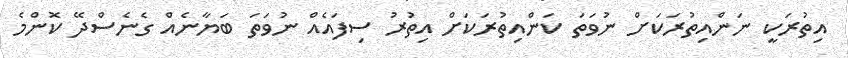
އިތުރަކީ ނަންއިތުރަކަށް ނުވަތަ ކަންއިތުރަކަށް އިތުރު ސިފައެއް ނުވަތަ ބަޔާނެއް ގެނެސްދޭ ކޮންމެ